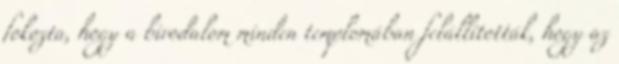
fokozta, hogy a birodalom minden templomában felállították, hogy az